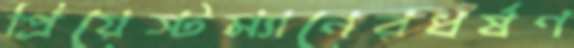
প্রিয়েস্টম্যানেরধর্ষণ